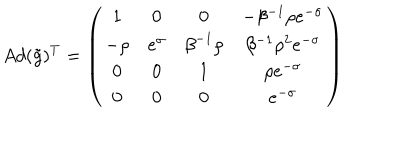
A d ( \tilde { g } ) ^ { T } = \left( \begin{matrix} { { 1 } } & { { 0 } } & { { 0 } } & { { - \beta ^ { - 1 } \rho e ^ { - \sigma } } } \\ { { - \rho } } & { { e ^ { \sigma } } } & { { { \beta } ^ { - 1 } { \rho } } } & { { \beta ^ { - 1 } \rho ^ { 2 } e ^ { - \sigma } } } \\ { { 0 } } & { { 0 } } & { { 1 } } & { { { \rho } { e ^ { - \sigma } } } } \\ { { 0 } } & { { 0 } } & { { 0 } } & { { e ^ { - \sigma } } } \\ \end{matrix} \right)